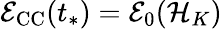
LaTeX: \mathcal{E}_{\mathrm{CC}}(t_{*})=\mathcal{E}_{0}(\mathcal{H}_{K})